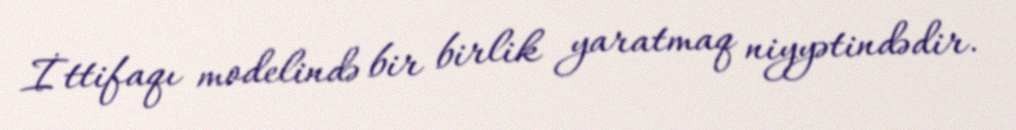
İttifaqı modelində bir birlik yaratmaq niyyətindədir.